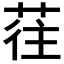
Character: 𰱖